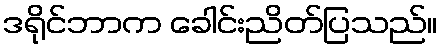
ဒရိုင်ဘာက ခေါင်းညိတ်ပြသည်။